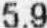
5.9